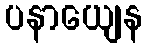
ပနာယျေန